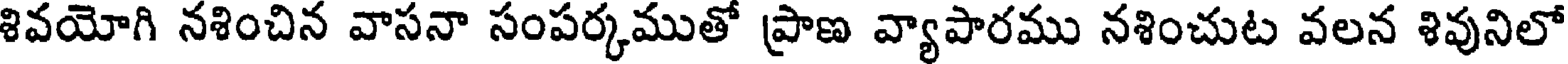
శివయోగి నశించిన వాసనా సంపర్కముతో ప్రాణ వ్యాపారము నశించుట వలన శివునిలో